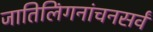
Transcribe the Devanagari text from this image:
जातिलिंगनांचनसर्वं